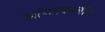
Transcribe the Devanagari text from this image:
आंग्लकालीन